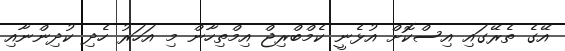
އޭގެ ތެރޭގައި އިސްކޮށް އުޅެނީ ކެމްބްރިޖް އިމްތިހާން މި އަހަރު ހެދި ކުދިންނާއި